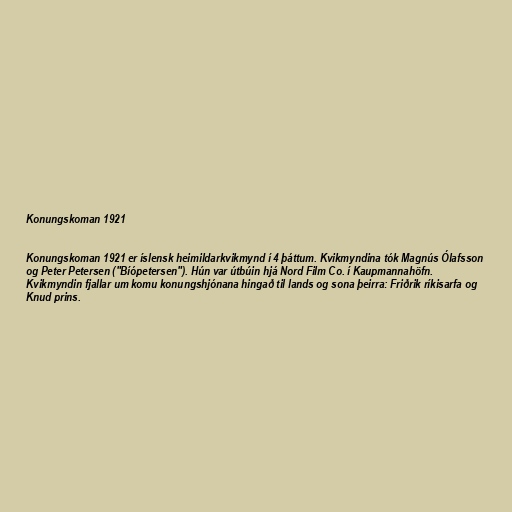
Konungskoman 1921

Konungskoman 1921 er íslensk heimildarkvikmynd í 4 þáttum. Kvikmyndina tók Magnús Ólafsson
og Peter Petersen ("Bíópetersen"). Hún var útbúin hjá Nord Film Co. í Kaupmannahöfn.
Kvikmyndin fjallar um komu konungshjónana hingað til lands og sona þeirra: Friðrik ríkisarfa og
Knud prins.